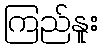
ကြည်နူး